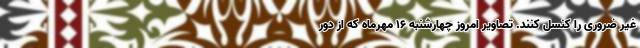
غیر ضروری را کنسل کنند. تصاویر امروز چهارشنبه ۱۶ مهرماه که از دور